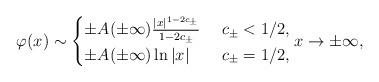
LaTeX: \begin{align*} \varphi(x) \sim \begin{cases}\pm A(\pm\infty) \frac{|x|^{1-2c_\pm}}{1-2c_\pm}& \ c_\pm<1/2,\\\pm A(\pm\infty) \ln|x|& \ c_\pm=1/2,\end{cases} x\to\pm\infty,\end{align*}